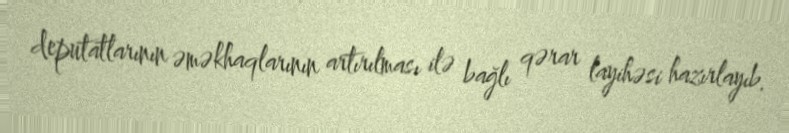
deputatlarının əməkhaqlarının artırılması ilə bağlı qərar layihəsi hazırlayıb.